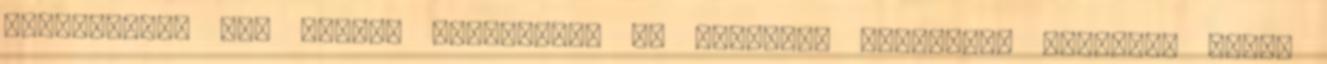
legsötétebb óra erősen rétegfilm. Ha hirtelen ajánlanom kellene, akkor